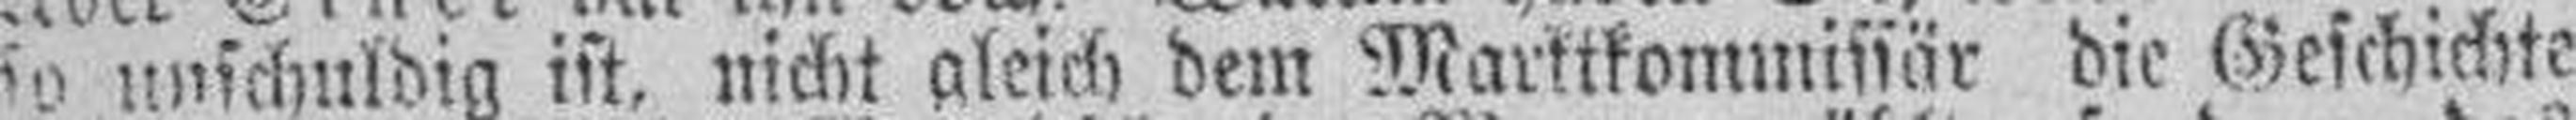
so unschuldig ist, nicht gleich dem Marktkommissär die Geschichte